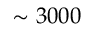
\sim 3 0 0 0